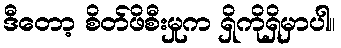
ဒီတော့ စိတ်ဖိစီးမှုက ရှိကိုရှိမှာပါ။